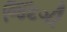
જિઁદગી